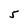
Character: 5